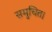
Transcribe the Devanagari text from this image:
समुचित।